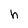
Character: h